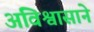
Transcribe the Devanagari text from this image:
अविश्वासाने